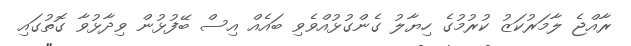
ރާއްޖެ ލާމަރުކަޒު ކުރުމުގެ ހިޔާލު ގެންގުޅުއްވެވި ބައެއް އިސް ބޭފުޅުން ވިދާޅުވާ ގޮތުގައި